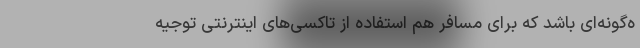
ه‌گونه‌ای باشد که برای مسافر هم استفاده از تاکسی‌های اینترنتی توجیه